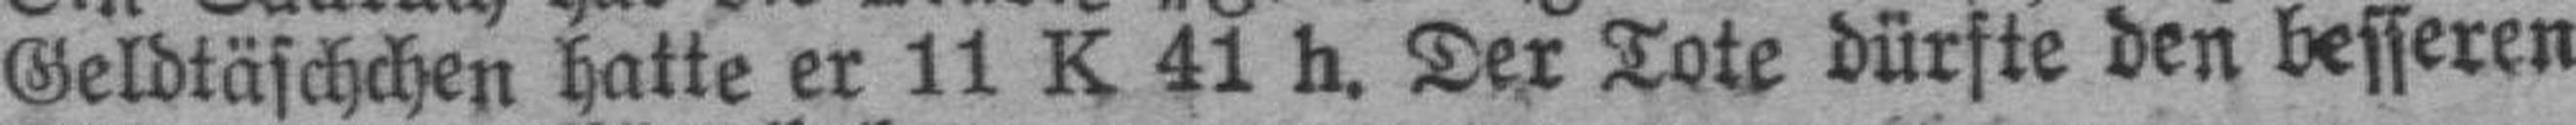
Geldtäschchen hatte er 11 K 41 h. Der Tote dürfte den besseren